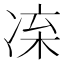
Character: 𠗛